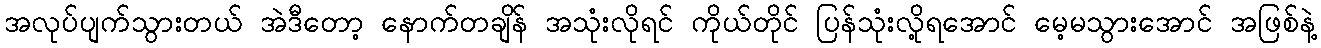
အလုပ်ပျက်သွားတယ် အဲဒီတော့ နောက်တချိန် အသုံးလိုရင် ကိုယ်တိုင် ပြန်သုံးလို့ရအောင် မေ့မသွားအောင် အဖြစ်နဲ့